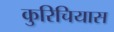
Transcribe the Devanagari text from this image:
कुरिचियास